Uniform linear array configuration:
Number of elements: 4
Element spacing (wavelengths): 1
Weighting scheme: blackman
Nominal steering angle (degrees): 15
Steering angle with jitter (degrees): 14.331
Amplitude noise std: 0.05
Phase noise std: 0.05

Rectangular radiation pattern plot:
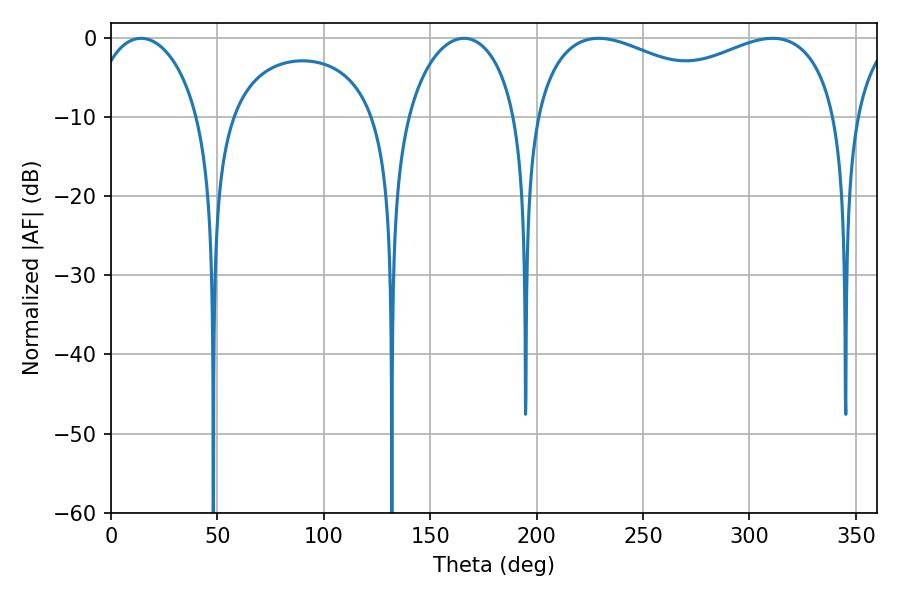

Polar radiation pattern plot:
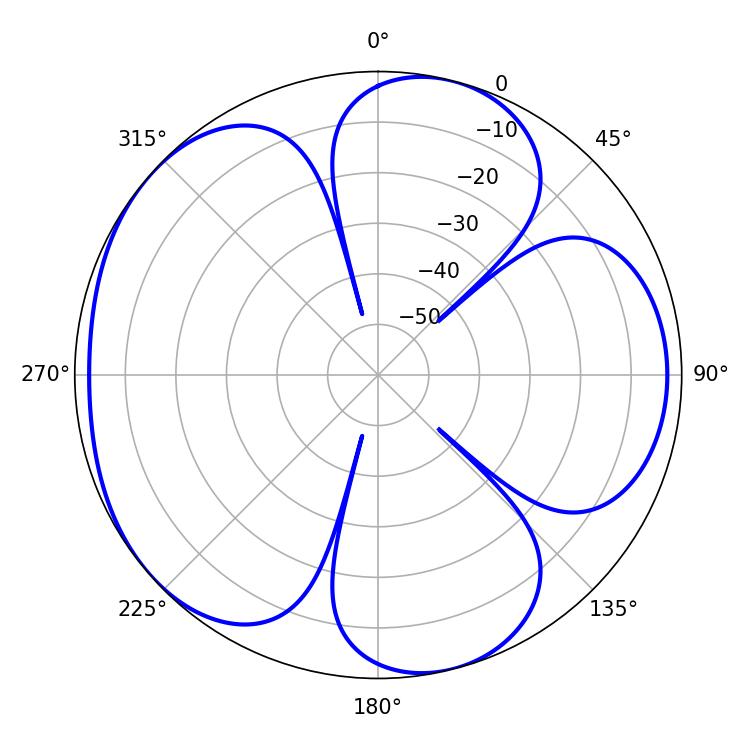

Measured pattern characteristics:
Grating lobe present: TRUE
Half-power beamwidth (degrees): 119.16
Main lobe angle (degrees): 229.14